Civil Veterinary Dept. Assam report 1911-1927 - 1911-1927
Year: 1911
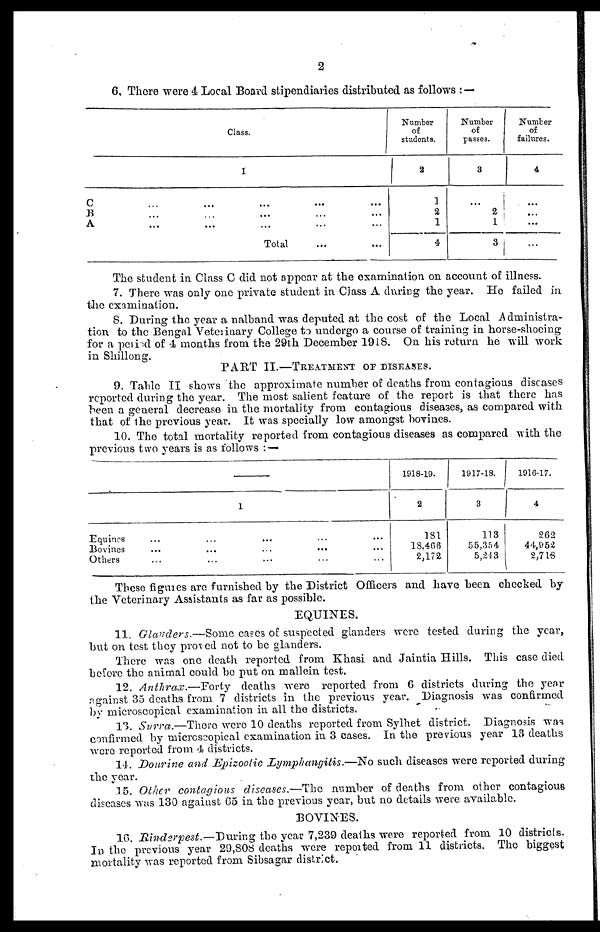
2
6. There were 4 Local Board stipendiaries distributed as follows : —
Class.
1
C ... ... ... ... ...
B ... ... ... ... ...
A ... ... ... ... ...
Total ... ...
Number
of
students.
2
1
2
1
4
Number
of
passes.
3
...
2
1
3
Number
of
failures.
4
...
...
...
...
The student in Class C did not appear at the examination on account of illness.
7. There was only one private student in Class A during the year. Ho failed in.
the examination.
8. During the year a nalband was deputed at the cost of the Local Administra-
tion to the Bengal Veterinary College to undergo a course of training in horse-shoeing
for a period of 4 months from the 29th December 1918. On his return he will work
in Shillong.
PART II.—TREATMENT OF DISEASES.
9. Table II shows the approximate number of deaths from contagions diseases
reported during the year. The most salient feature of the report is that there has
been a general decrease in the mortality from contagious diseases, as compared with
that of the previous year. It was specially low amongst bovines.
10. The total mortality reported from contagious diseases as compared with the
previous two years is as follows : —
1
Equines ... ... ... ... ...
Bovines
...
...
...
...
...
Others ... ... ... ... ...
1918-19.
2
181
18,466
2,172
1917-18.
3
113
55,354
5,24 3
1916-17.
4
262
44,952
2,718
These figures are furnished by the District Officers and have been checked by
the Veterinary Assistants as far as possible.
EQUINES.
11. Glanders.—Some cases of suspected glanders were tested during the year,
but on test they proved not to be glanders.
There was one death reported from Khasi and Jaintia Hills. This case died
before the animal could be put on mallein test.
12. Anthrax.—Forty
deaths were reported from 6 districts during the year
against 35 deaths from 7 districts in the previous year. Diagnosis was confirmed
by microscopical examination in all the districts.
13. Surra.—There were 10 deaths reported from Sylhet district. Diagnosis was
confirmed by microscopical examination in 3 cases. In the previous year 13 deaths
were reported from 4 districts.
14. Dourine and Epizoolic Lymphangitis.—No such diseases were reported during
the year.
15. Other contagious diseases.—The number of deaths from other contagious
diseases was 130 against Go in the previous year, but no details were available.
BOVINES.
16. Rinderpest.—During the year 7,239 deaths were reported from 10 districts.
In the previous year 29,808 deaths were reported from 11 districts. The biggest
mortality was reported from Sibsagar district.